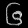
Digit: ၆